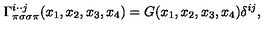
\Gamma _ { \pi \sigma \sigma \pi } ^ { i \cdot \cdot j } ( x _ { 1 } , x _ { 2 } , x _ { 3 } , x _ { 4 } ) = G ( x _ { 1 } , x _ { 2 } , x _ { 3 } , x _ { 4 } ) \delta ^ { i j } ,